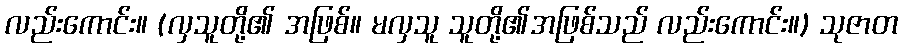
လည်းကောင်း။ (လှသူတို့၏ အဖြစ်။ မလှသူ သူတို့၏အဖြစ်သည် လည်းကောင်း။) သုဇာတ